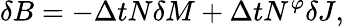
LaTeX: \delta B=-\Delta tN\delta M+\Delta tN^{\varphi}\delta J,